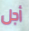
أجل